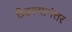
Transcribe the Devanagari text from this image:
छेडल्यानंतर